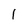
Character: 1